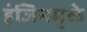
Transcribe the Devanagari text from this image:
इंजिनमुळे